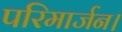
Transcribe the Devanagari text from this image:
परिमार्जन।